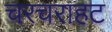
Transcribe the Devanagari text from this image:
चरचराहट